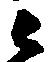
ま